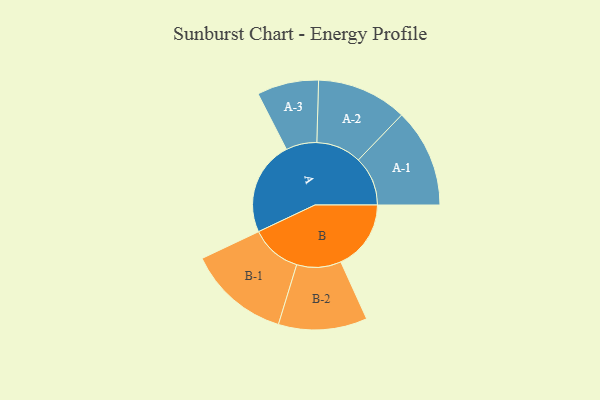
{"axis": {"x": "Segment", "y": "Value"}, "legend": ["", "A", "B"], "data": [{"x": "A", "y": 453, "type": ""}, {"x": "B", "y": 337, "type": ""}, {"x": "A-1", "y": 237, "type": "A"}, {"x": "A-2", "y": 217, "type": "A"}, {"x": "A-3", "y": 148, "type": "A"}, {"x": "B-1", "y": 245, "type": "B"}, {"x": "B-2", "y": 213, "type": "B"}]}